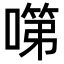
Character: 𭊗